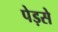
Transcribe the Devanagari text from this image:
पेड़से